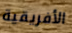
الأفريقية